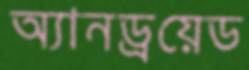
অ্যানড্রয়েড